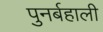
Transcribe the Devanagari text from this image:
पुनर्बहाली